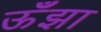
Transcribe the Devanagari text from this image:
ऊँझा